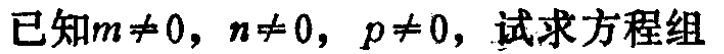
已知\(m\neq 0\)，\(n\neq 0\)，\(p\neq 0\)，试求方程组